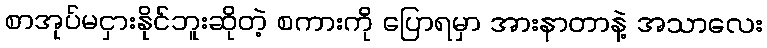
စာအုပ်မငှားနိုင်ဘူးဆိုတဲ့ စကားကို ပြောရမှာ အားနာတာနဲ့ အသာလေး